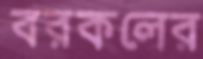
বরকলের